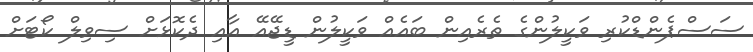
ސަސްޕެންޑްކުރި ވަކީލުންގެ ތެރެއިން ބައެއް ވަކީލުން ޑީޖޭއޭ އާއި ދެކޮޅަށް ސިވިލް ކޯޓަށް